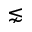
\lnsim